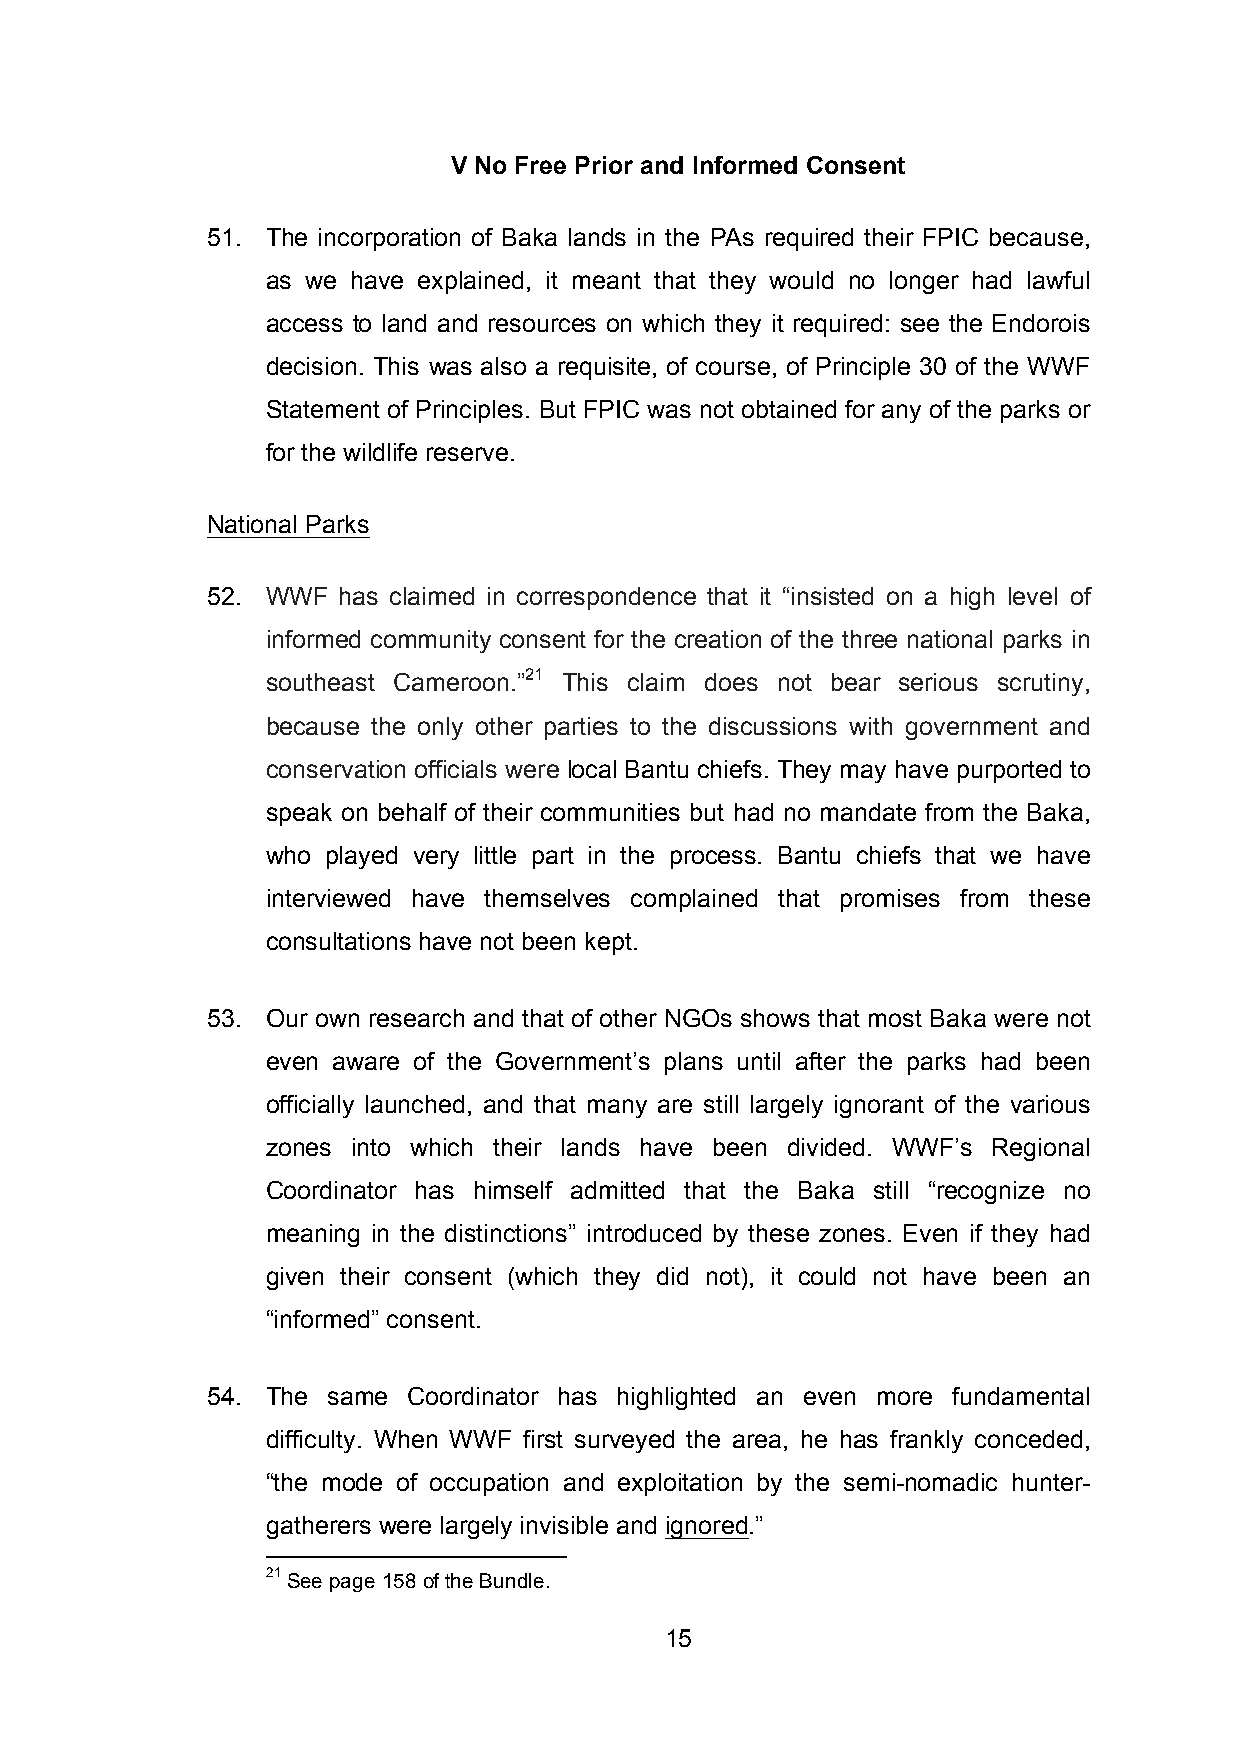
V No Free Prior and Informed Consent
 51. The incorporation of Baka lands in the PAs required their FPIC because,
 as we have explained, it meant that they would no longer had lawful
 access to land and resources on which they it required: see the Endorois
 decision. This was also a requisite, of course, of Principle 30 of the WWF
 Statement of Principles. But FPIC was not obtained for any of the parks or
 for the wildlife reserve.
 National Parks
 52. WWF has claimed in correspondence that it “insisted on a high level of
 informed community consent for the creation of the three national parks in
 southeast Cameroon.”21 This claim does not bear serious scrutiny,
 because the only other parties to the discussions with government and
 conservation officials were local Bantu chiefs. They may have purported to
 speak on behalf of their communities but had no mandate from the Baka,
 who played very little part in the process. Bantu chiefs that we have
 interviewed have themselves complained that promises from these
 consultations have not been kept.
 53. Our own research and that of other NGOs shows that most Baka were not
 even aware of the Government’s plans until after the parks had been
 officially launched, and that many are still largely ignorant of the various
 zones into which their lands have been divided. WWF’s Regional
 Coordinator has himself admitted that the Baka still “recognize no
 meaning in the distinctions” introduced by these zones. Even if they had
 given their consent (which they did not), it could not have been an
 “informed” consent.
 54. The same Coordinator has highlighted an even more fundamental
 difficulty. When WWF first surveyed the area, he has frankly conceded,
 “the mode of occupation and exploitation by the semi-nomadic hunter-
 gatherers were largely invisible and ignored.”
 21 See page 158 of the Bundle.
 15